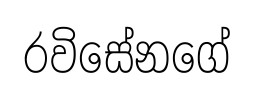
රවිසේනගේ